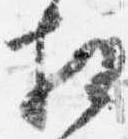
相